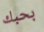
بحبك